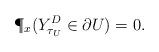
LaTeX: \begin{align*}\P_x(Y^D_{\tau_U}\in \partial U)=0.\end{align*}